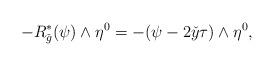
LaTeX: \begin{align*} -R_{\check{g}}^*(\psi)\wedge\eta^0=-(\psi-2\check{y}\tau)\wedge\eta^0,\end{align*}